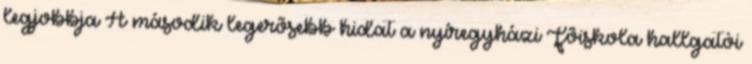
legjobbja A második legerõsebb hidat a nyíregyházi Fõiskola hallgatói